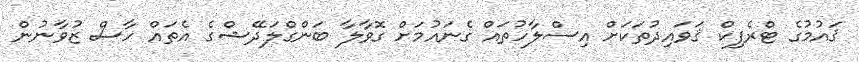
ޤައުމުގެ ޓްރެފިކް ޤަވައިދުތަކަށް އިސްލާހުތައް ގެނައުމަށް ގޮވާލާ ބަންގްލަދޭޝްގެ އެތައް ހާސް ޒުވާނުން